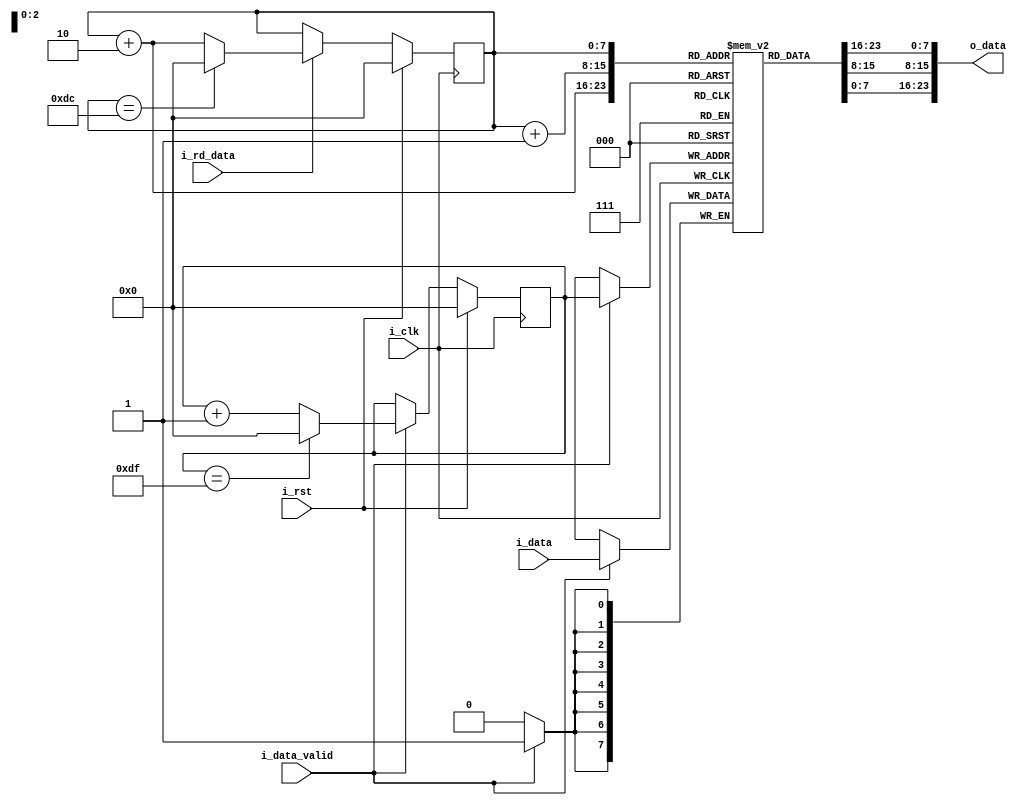
`timescale 1ns / 1ps
//////////////////////////////////////////////////////////////////////////////////
// Company: 
// Engineer: 
// 
// Design Name: 
// Module Name: lineBuffer
// Project Name: 
// Target Devices: 
// Tool Versions: 
// Description: 
// 
// Dependencies: 
// 
// Revision:
// Revision 0.01 - File Created
// Additional Comments:
// 
//////////////////////////////////////////////////////////////////////////////////


module lineBuffer(
input   i_clk,
input   i_rst,
input [7:0] i_data,
input   i_data_valid,
output [23:0] o_data,
input i_rd_data
);

reg [7:0] line [223:0]; //line buffer
reg [7:0] wrPntr;
reg [7:0] rdPntr;

always @(posedge i_clk)
begin
    if(i_data_valid)
        line[wrPntr] <= i_data;
end

always @(posedge i_clk)
begin
    if(i_rst)
        wrPntr <= 'd0;
    else if(i_data_valid)
        if(wrPntr == 'd223)
            wrPntr <= 0;
        else
            wrPntr <= wrPntr + 'd1;
end

assign o_data = {line[rdPntr],line[rdPntr+1],line[rdPntr+2]};

always @(posedge i_clk)
begin
    if(i_rst)
        rdPntr <= 'd0;
    else if(i_rd_data)
        if (rdPntr == 'd220)
            rdPntr <= 0;
        else
            rdPntr <= rdPntr + 'd2;
end


endmodule